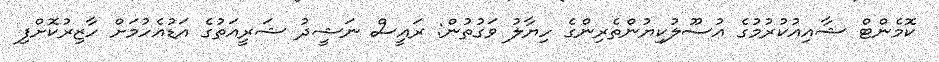
ކޮމެންޓް ޝާއިއުކުރުމުގެ އުސޫލުކިޔުންތެރިންގެ ހިޔާލު ވަގުތުން: ރައީސް ނަޝީދު ޝަރީއަތުގެ އަޑުއެހުމަށް ހާޒިރުކޮށްފި